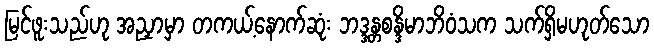
မြင်ဖူးသည်ဟု အညှာမှာ တကယ့်နောက်ဆုံး ဘဒ္ဒန္တစန္ဒိမာဘိဝံသက သက်ရှိမဟုတ်သော